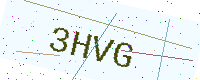
Text: 3HVG